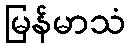
မြန်မာသံ